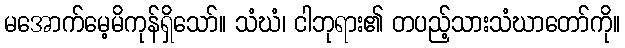
မအောက်မေ့မိကုန်ရှိသော်။ သံဃံ၊ ငါဘုရား၏ တပည့်သားသံဃာတော်ကို။